Report on vaccination in the Province of Bengal - 1869-1873
Year: 1869
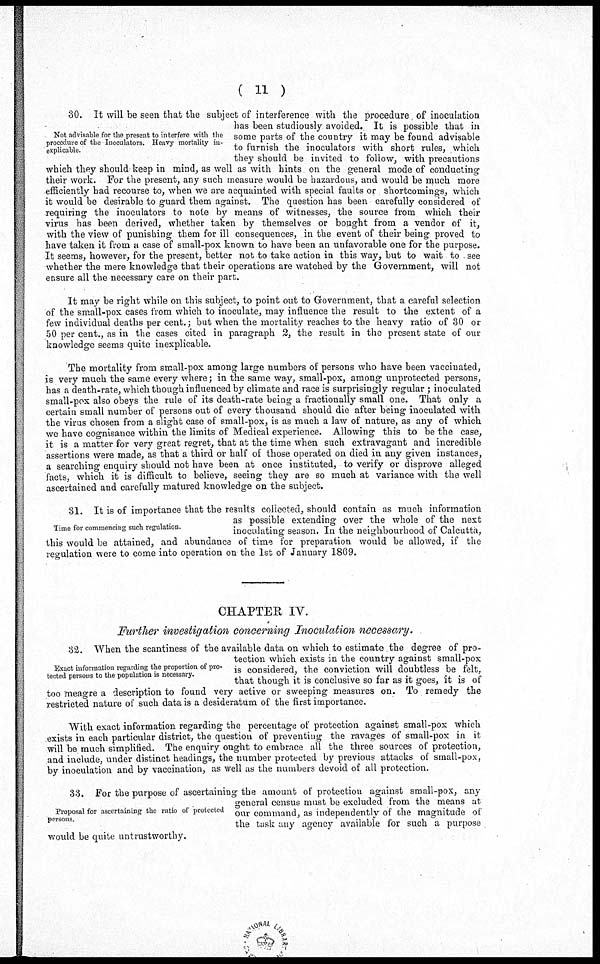
( 11 )
Not advisable for the present to interfere with the
procedure of the Inoculators. Heavy mortality in-
explicable
30. It will be seen that the subject of interference with the procedure, of inoculation
has been studiously avoided. It is possible that in
some parts of the country it may be found advisable
to furnish the inoculators with short rules, which
they should be invited to follow, with precautions
which they should keep in mind, as well as with hints on the general mode of conducting
their work. For the present, any such measure would be hazardous, and would be much more
efficiently had recourse to, when we are acquainted with special faults or shortcomings, which
it would be desirable to guard them against. The question has been carefully considered of
requiring the inoculators to note by means of witnesses, the source from which their
virus has been derived, whether taken by themselves or bought from a vendor of it,
with the view of punishing them for ill consequences, in the event of their being proved to
have taken it from a case of small-pox known to have been an unfavorable one for the purpose.
It seems, however, for the present, better not to take action in this way, but to wait to see
whether the mere knowledge that their operations are watched by the Government, will not
ensure all the necessary care on their part.
It may be right while on this subject, to point out to Government, that a careful selection
of the small-pox cases from which to inoculate, may influence the result to the extent of a
few individual deaths per cent.; but when the mortality reaches to the heavy ratio of 30 or
50 per cent., as in the cases cited in paragraph 2, the result in the present state of our
knowledge seems quite inexplicable.
The mortality from small-pox among large numbers of persons who have been vaccinated,
is very much the same every where; in the same way, small-pox, among unprotected persons,
has a death-rate, which though influenced by climate and race is surprisingly regular ; inoculated
small-pox also obeys the rule of its death-rate being a fractionally small one. That only a
certain small number of persons out of every thousand should die after being inoculated with
the virus chosen from a slight case of small-pox, is as much a law of nature, as any of which
we have cognisance within the limits of Medical experience. Allowing this to be the case,
it is a matter for very great regret, that at the time when such extravagant and incredible
assertions were made, as that a third or half of those operated on died in any given instances,
a searching enquiry should not have been at once instituted, to verify or disprove alleged
facts, which it is difficult to believe, seeing they are so much at variance with the well
ascertained and carefully matured knowledge on the subject.
Time for commencing such regulation.
31. It is of importance that the results collected, should contain as much information
as possible extending over the whole of the next
inoculating season. In the neighbourhood of Calcutta,
this would be attained, and abundance of time for preparation would be allowed, if the
regulation were to come into operation on the 1st of January 1869.
CHAPTER IV.
Further investigation concerning Inoculation necessary.
Exact information regarding the proportion of pro-
tected persons to the population is necessary.
32. When the scantiness of the available data on which to estimate the degree of pro-
tection which exists in the country against small-pox
is considered, the conviction will doubtless be felt,
that though it is conclusive so far as it goes, it is of
too meagre a description to found very active or sweeping measures on. To remedy the
restricted nature of such data is a desideratum of the first importance.
With exact information regarding the percentage of protection against small-pox which
exists in each particular district, the question of preventing the ravages of small-pox in it
will be much simplified. The enquiry ought to embrace all the three sources of protection,
and include, under distinct headings, the number protected by previous attacks of small-pox,
by inoculation and by vaccination, as well as the numbers devoid of all protection.
Proposal for ascertaining the ratio of protected
persons.
33. For the purpose of ascertaining the amount of protection against small-pox, any
general census must be excluded from the means at
our command, as independently of the magnitude of
the task any agency available for such a purpose
would be quite untrustworthy.